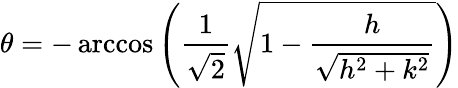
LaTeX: \theta=-\operatorname{arccos}\left(\frac{1}{\sqrt{2}}\sqrt{1-\frac{h}{\sqrt{h^{2}+k^{2}}}}\right)